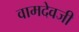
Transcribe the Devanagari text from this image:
वामदेवजी